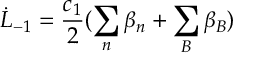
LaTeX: \dot { L } _ { - 1 } = \frac { c _ { 1 } } { 2 } ( \sum _ { n } \beta _ { n } + \sum _ { B } \beta _ { B } )